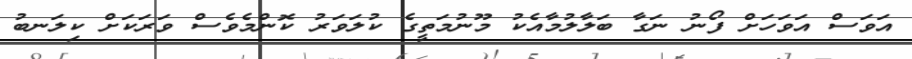
އަވަސް އަވަހަށް ފޯނު ނަގާ ބަލާލުމާއެކު މޫނުމަތީގެ ކުލަވަރު ކޮންމެވެސް ވަރަކަށް ކިލަނބު